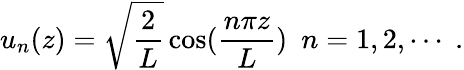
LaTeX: u_{n}(z)=\sqrt{\frac{2}{L}}\cos(\frac{n\pi z}{L})\, \, \, n=1,2,\cdots\; .